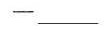
——___